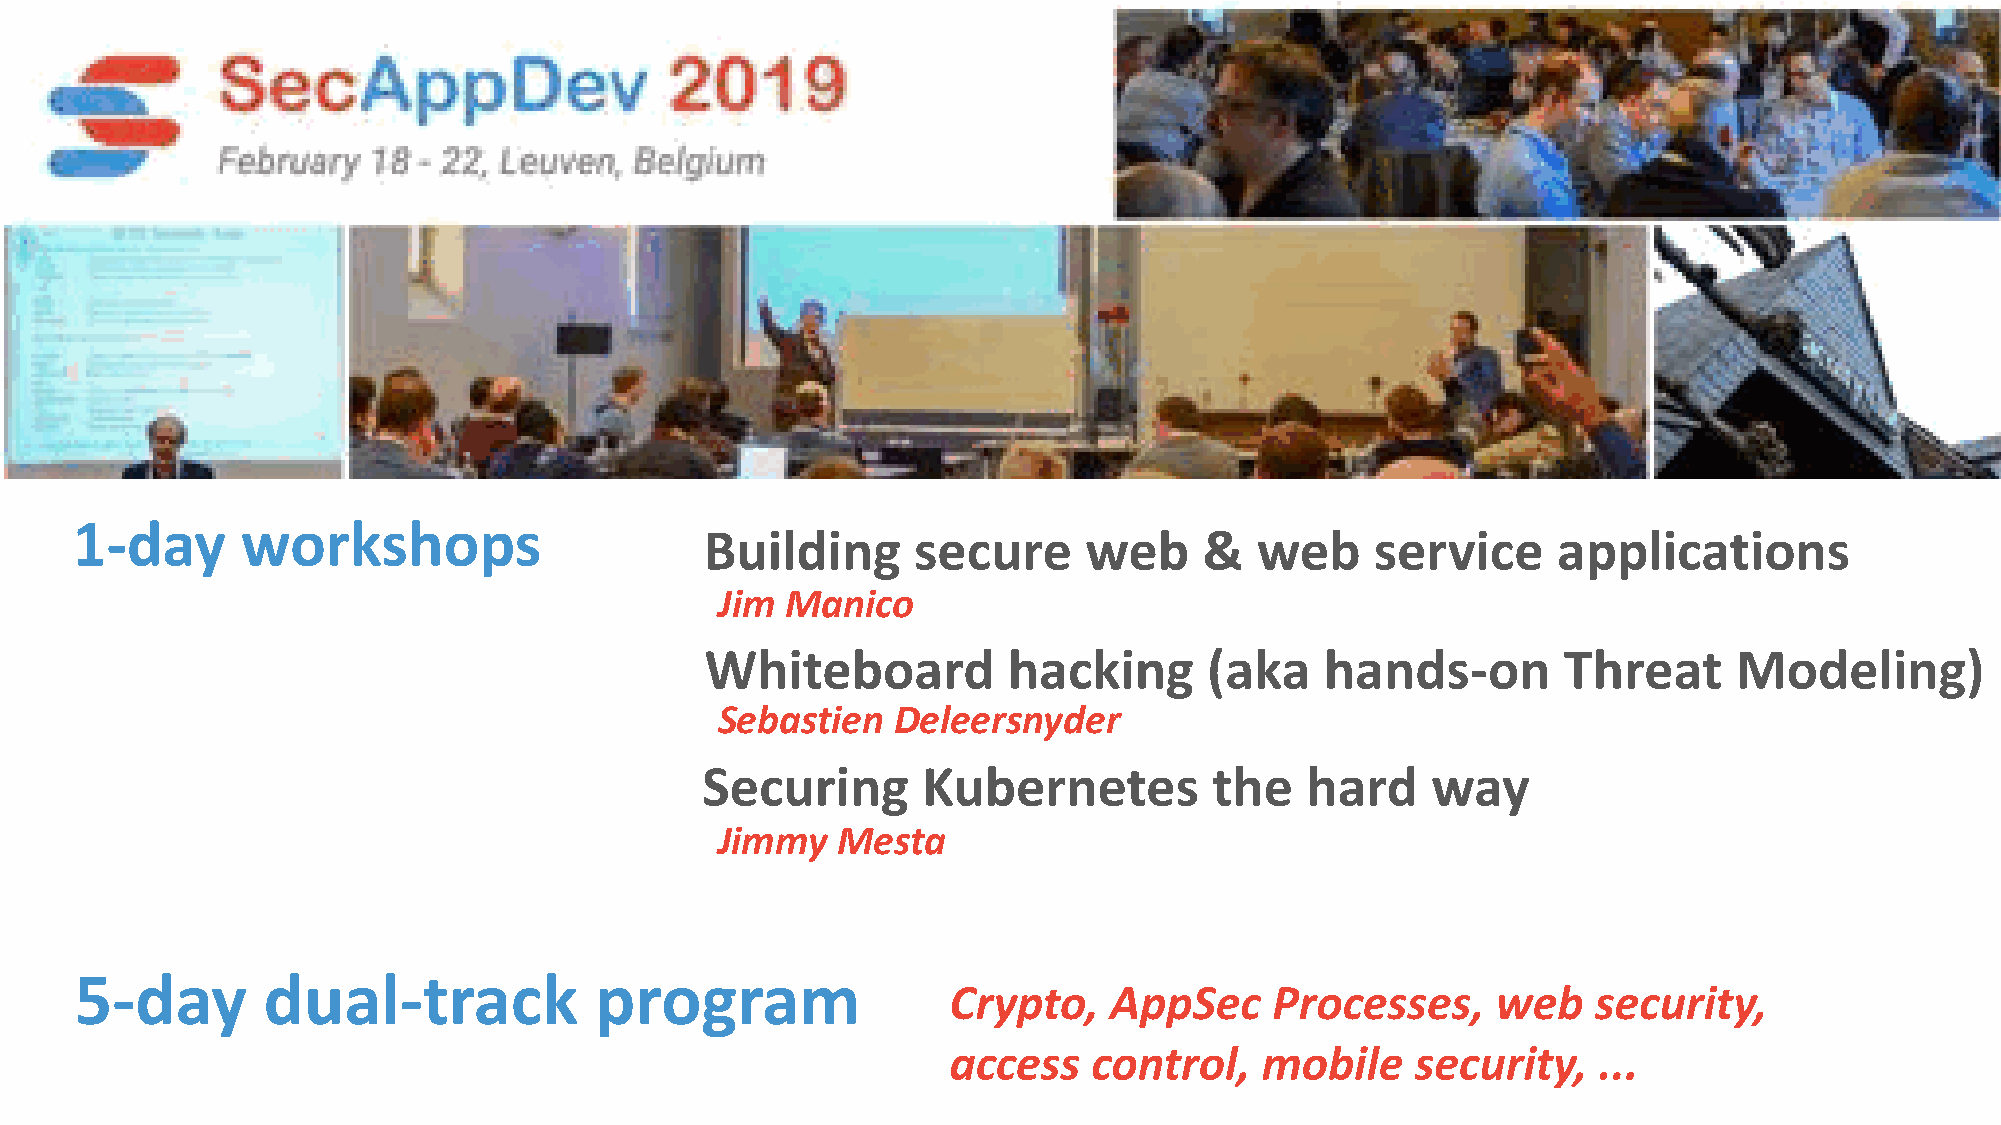
1-day      workshops
 Building     secure      web     &  web     service     applications
 Jim Manico
 Whiteboard          hacking      (aka    hands-on       Threat      Modeling)
 Sebastien  Deleersnyder
 Securing       Kubernetes         the   hard     way
 Jimmy  Mesta
 5-day       dual-track            program
 Crypto,   AppSec     Processes,     web    security,
 access   control,   mobile     security,   ...
 @PhilippeDeRyck